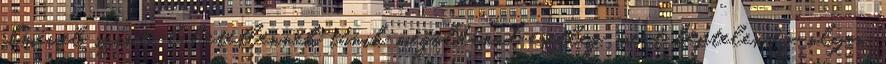
elmével szinte lehetetlennek tűnik megoldanod esetleg. mert képtelenség. olyan